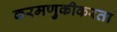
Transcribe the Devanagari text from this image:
करमणुकीकरता